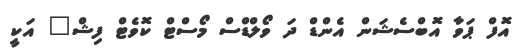
އޮފް ޕަވާ އޮބްސެޝަން އެންޑް ދަ ވޯލްޑްސް މޯސްޓް ކޮވެޓް ފިޝް" އަކީ